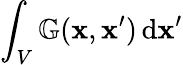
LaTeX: \int_{V}\mathbb{G}(\mathbf{x},\mathbf{x}^{\prime})\, \mathrm{d}\mathbf{x}^{\prime}